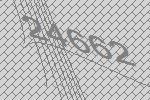
24662